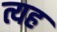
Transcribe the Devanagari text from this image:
त्यह